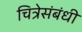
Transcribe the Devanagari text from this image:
चित्रेसंबंधी